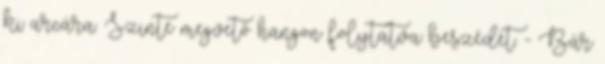
ki arcára. Szinte megvető hangon folytatva beszédét. - Bár